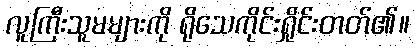
လူကြီးသူမများကို ရိုသေကိုင်းရှိုင်းတတ်၏။